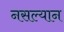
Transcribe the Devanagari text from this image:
नसल्यान